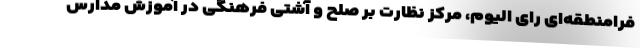
فرامنطقه‌ای رای الیوم، مرکز نظارت بر صلح و آشتی فرهنگی در آموزش مدارس